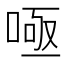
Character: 𭈫